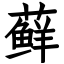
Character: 藓